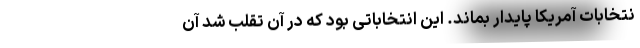
نتخابات آمریکا پایدار بماند. این انتخاباتی بود که در آن تقلب شد آن